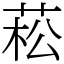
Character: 菘